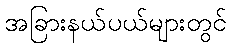
အခြားနယ်ပယ်များတွင်